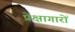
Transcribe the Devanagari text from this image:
प्रेक्षागारों